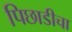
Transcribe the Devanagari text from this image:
पिछाडीचा